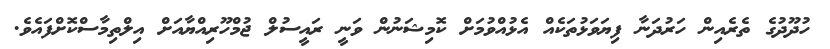
ހުދޫދުގެ ތެރެއިން ހަރުދަނާ ފިޔަވަޅުތަކެއް އެޅުއްވުމަށް ކޮމިޝަނުން ވަނީ ރައީސުލް ޖުމްހޫރިއްޔާއަށް އިލްތިމާސްކޮށްފައެވެ.